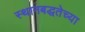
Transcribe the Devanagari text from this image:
स्थानबद्धतेच्या